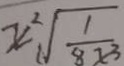
x ^ { 2 } \sqrt { \frac { 1 } { 8 x ^ { 3 } } }